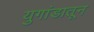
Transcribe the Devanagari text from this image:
युगांडातून